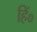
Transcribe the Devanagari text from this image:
हिं०